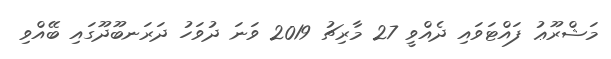
މަޝްރޫޢު ފައްޓަވައި ދެއްވީ 27 މާރިޗު 2019 ވަނަ ދުވަހު ދަރަނބޫދޫގައި ބޭއްވި